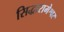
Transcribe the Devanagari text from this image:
सिद्धारामेश्वर